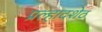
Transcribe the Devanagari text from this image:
प्रल्हादशेठ